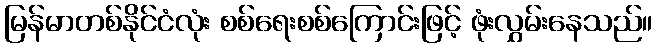
မြန်မာတစ်နိုင်ငံလုံး စစ်ရေးစစ်ကြောင်းဖြင့် ဖုံးလွှမ်းနေသည်။